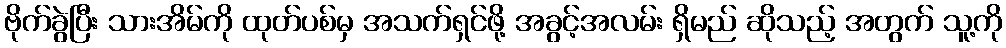
ဗိုက်ခွဲပြီး သားအိမ်ကို ထုတ်ပစ်မှ အသက်ရှင်ဖို့ အခွင့်အလမ်း ရှိမည် ဆိုသည့် အတွက် သူ့ကို